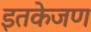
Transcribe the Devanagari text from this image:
इतकेजण